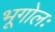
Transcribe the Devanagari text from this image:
भूगोलः